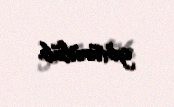
götürülüb.